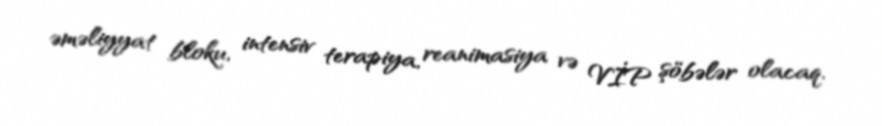
əməliyyat bloku, intensiv terapiya, reanimasiya və VİP şöbələr olacaq.